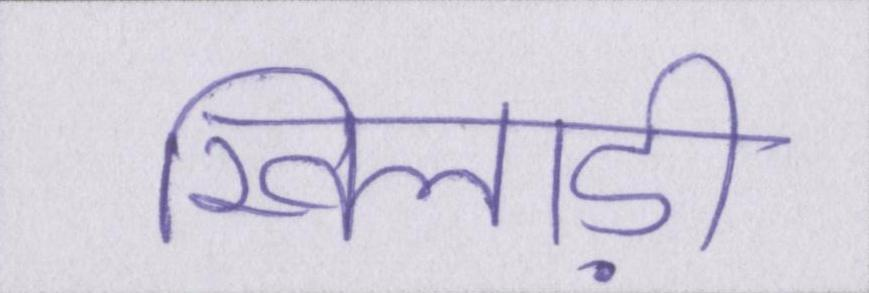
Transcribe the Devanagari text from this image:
खिलाड़ी